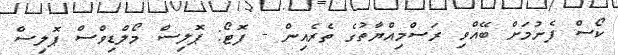
ކޯސް ފެށުމަށް ބޭއްވި ރަސްމިއްޔާތުގެ ތެރެއިން - ފޮޓޯ: ޕޮލިސް މޯލްޑިވްސް ޕޮލިސް